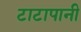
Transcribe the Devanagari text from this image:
टाटापानी